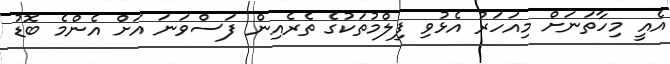
އެއީ މިހާތަނަށް މިއަހަރު އެޅުވި ފިލްމުތަކުގެ ތެރެއިން ފަސްވަނަ އަށް އެންމެ ބޮޑު